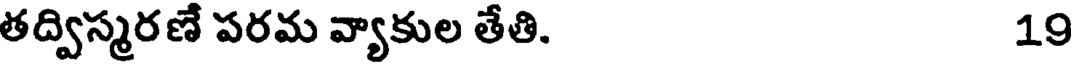
తద్విస్మరణే పరమ వ్యాకుల తేతి. 19